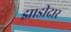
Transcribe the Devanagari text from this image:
झाडीदार